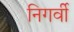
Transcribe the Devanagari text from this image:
निगर्वी